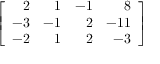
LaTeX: \left[ { \begin{array} { r r r r } { 2 } & { 1 } & { - 1 } & { 8 } \\ { - 3 } & { - 1 } & { 2 } & { - 1 1 } \\ { - 2 } & { 1 } & { 2 } & { - 3 } \end{array} } \right]